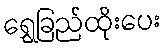
ရွှေခြည်ထိုးပေး